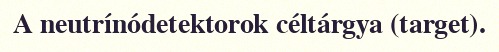
A neutrínódetektorok céltárgya (target).